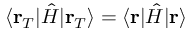
\langle \mathbf { r } _ { T } | { \hat { H } } | \mathbf { r } _ { T } \rangle = \langle \mathbf { r } | { \hat { H } } | \mathbf { r } \rangle